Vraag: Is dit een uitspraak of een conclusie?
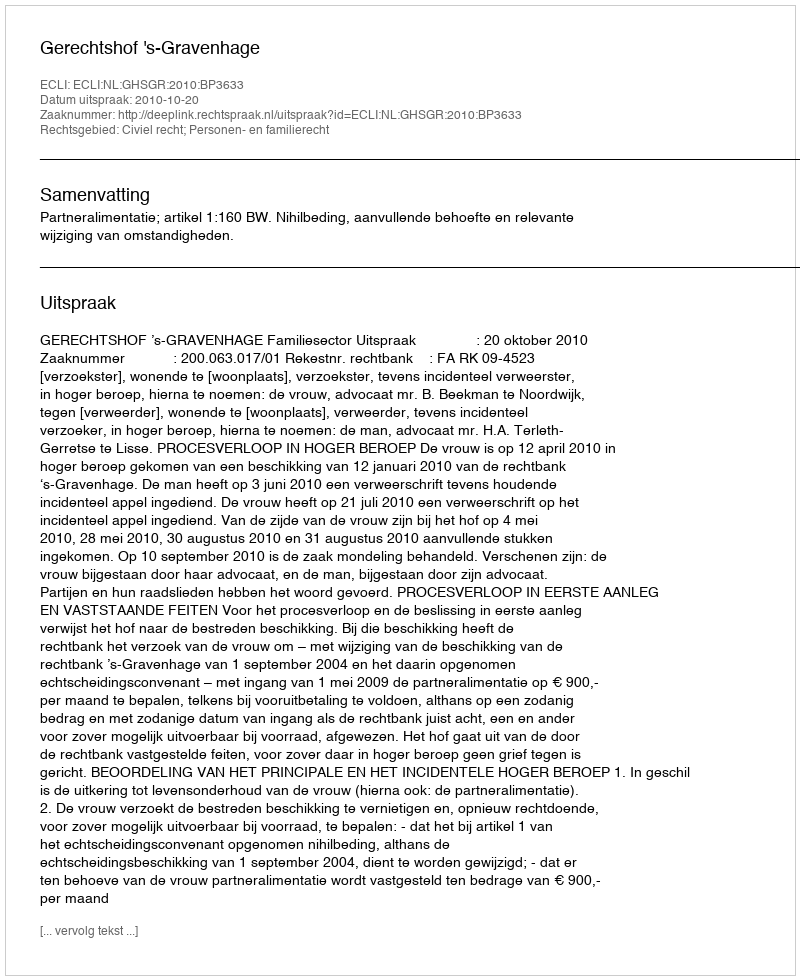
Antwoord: Uitspraak